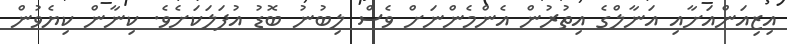
އިޒިއަންއަށާއި އަނާލްގެ އިތުރުން އެންމެންނަށް ވެސް ލިބުނު ބޮޑު އުފަލަކަށެވެ. ކިނާން ކިޔެވުން